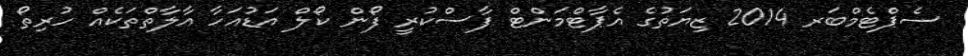
ސެޕްޓެމްބަރ 2014 ޒިޔަތުގެ އެޕާޓްމަންޓް ފާސްކުރީ ފޯން ކޯލް އަޑުއަހާ އާލާތްތަކެއް ހުރިތޯ